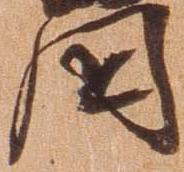
国